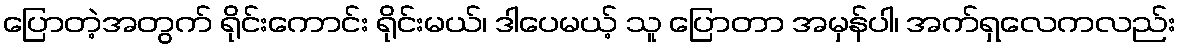
ပြောတဲ့အတွက် ရိုင်းကောင်း ရိုင်းမယ်၊ ဒါပေမယ့် သူ ပြောတာ အမှန်ပါ၊ အက်ရှလေကလည်း